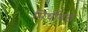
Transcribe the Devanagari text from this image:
मिर्चीबड़े